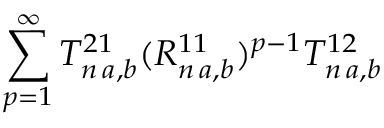
\sum _ { p = 1 } ^ { \infty } T _ { n \, a , b } ^ { 2 1 } ( R _ { n \, a , b } ^ { 1 1 } ) ^ { p - 1 } T _ { n \, a , b } ^ { 1 2 }